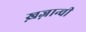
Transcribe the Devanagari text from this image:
ख़ज़ान्ची